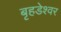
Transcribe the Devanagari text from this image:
बृहडेश्वर